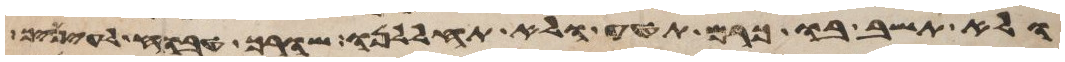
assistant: ולא תשב בו כרם תטע ולא תחללנו שורך טבוח לעיניך